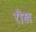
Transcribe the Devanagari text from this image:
रौख